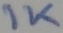
Text: 1K